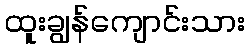
ထူးချွန်ကျောင်းသား